Medical and sanitary report of the native army of Bengal for the year
Year: 1878
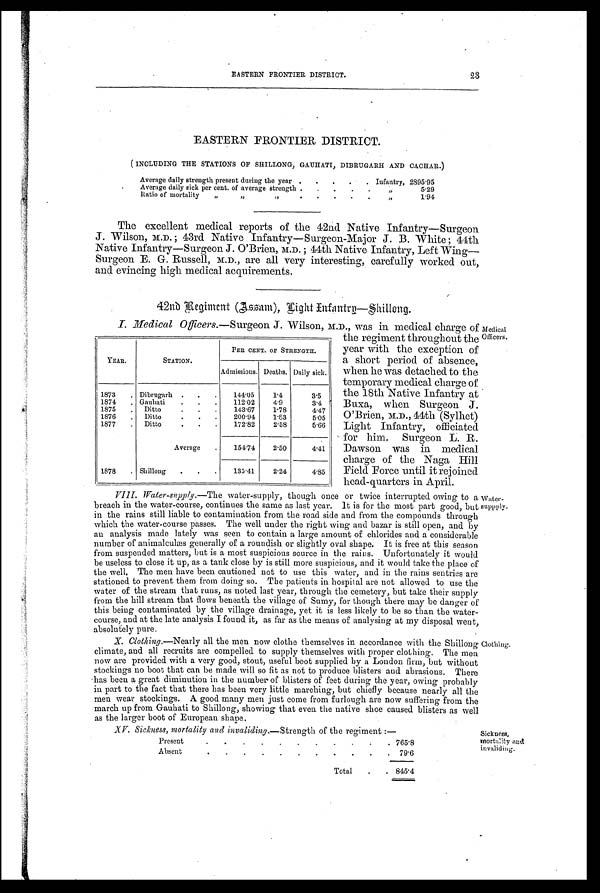
EASTERN FRONTIER DISTRICT. 23
EASTERN FRONTIER DISTRICT.
( INCLUDING THE STATIONS OF SHILLONG, GAUHATI, DIBRUGARH AND CACHAR.)
Average daily strength present during the year
. . . . . Infantry, 2895.95
Average daily sick per cent. of average strength .
.
. . .
„
5.29
Ratio of mortality „ „ „
.
”
1.94
The excellent medical reports of the 42nd Native Infantry—Surgeon
J. Wilson, M.D. ; 43rd Native Infantry—Surgeon-Major J. B. White ; 44th
Native Infantry—Surgeon J. O'Brien, M.D. ; 44th Native Infantry, Left Wing—
Surgeon E. G. Russell, M.D., are all very interesting, carefully worked out,
and evincing high medical acquirements.
42nd Regiment (Assam), Light Infantry—Shillong.
YEAR.
STATION.
PER CENT. OF STRENGTH.
Admissions. Deaths. Daily sick.
1873
. Dibrugarh . . .
144.05
1.4
3.5
1874 . Gauhati . . .
112.02
4.9
3.4
1875 . Ditto
. . .
143.67
1.78
4.47
1876 . Ditto
. . .
200.94
1.83
5.05
1877 . Ditto
. .
172.82
2.58
5.66
Average .
154.74
2.50
4.41
1878 . Shillong . . .
135.41
2.24
4.85
Medical
Officers.
I. Medical Officers. —Surgeon J. Wilson, M.D., was in medical charge of
the regiment throughout the
year with the exception of
a short period of absence,
when he was detached to the
temporary medical charge of
the 18th Native Infantry at
Buxa, when Surgeon J.
O'Brien, M.D., 44th (Sylhet)
Light Infantry, officiated
for him. Surgeon L. R.
Dawson was in medical
charge of the Naga Hill
Field Force until it rejoined
head-quarters in April.
VIII. Water-supply.— T h e w a t e r - s u p p l y , t h o u g h o n c e o r t w i c e i n t e r r u p t e d o w i n g t o a
breach in the water-course, continues the same as last year. It is for the most part good, but
in the rains still liable to contamination from the road side and from the compounds through
which the water-course passes. The well under the right wing and bazar is still open, and by
an analysis made lately was seen to contain a large amount of chlorides and a considerable
numbe r of a ni ma l c ul æs ge ne r a l l y o f a r o u n d i s h o r s l i g h t l y o v a l s h a p e . I t i s f r e e a t t h i s s e a s o n
from suspended matters, but is a most suspicious source in the rains. Unfortunately it would
be useless to close it up, as a tank close by is still more suspicious, and it would take the place of
the well. The men have been cautioned not to use this water, and in the rains sentries are
stationed to prevent them from doing so. The patients in hospital are not allowed to use the
water of the stream that runs, as noted last year, through the cemetery, but take their supply
from the hill stream that flows beneath the village of Sumy, for though there may be danger of
this being contaminated by the village drainage, yet it is less likely to be so than the water-
course, and at the late analysis I found it, as far as the means of analysing at my disposal went,
absolutely pure.
X. Clothing.—Nearly all the men now clothe themselves in accordance with the Shillong
climate, and all recruits are compelled to supply themselves with proper clothing. The men
now are provided with a very good, stout, useful boot supplied by a London firm, but without
stockings no boot that can be made will so fit as not to produce blisters and abrasions. There
has been a great diminution in the number of blisters of feet during the year, owing probably
in part to the fact that there has been very little marching, but chiefly because nearly all the
men wear stockings. A good many men just come from furlough are now suffering from the
march up from Gauhati to Shillong, showing that even the native shoe caused blisters as well
as the larger boot of European shape.
Water-supply.
Clothing.
XV. Sickness, mortality and invaliding.—Strength of the regiment :—
Present. .
.
.
.
.
.
. .
765.8
Absent.
.
.
.
.
.
.
. .
7 9 . 6
Total . . 845.4
Sickness,
mortality and
invaliding.